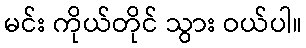
မင်း ကိုယ်တိုင် သွား ဝယ်ပါ။